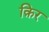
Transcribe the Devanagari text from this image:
क़िर